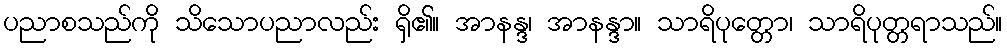
ပညာစသည်ကို သိသောပညာလည်း ရှိ၏။ အာနန္ဒ၊ အာနန္ဒာ။ သာရိပုတ္တော၊ သာရိပုတ္တရာသည်။